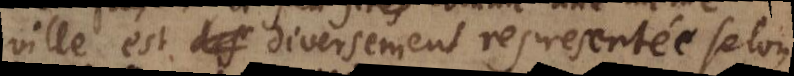
ville est diversement representée selon